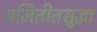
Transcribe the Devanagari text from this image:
समितीतसुद्धा